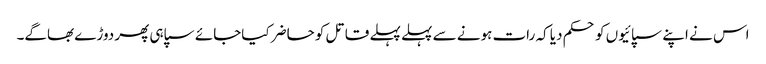
اس نے اپنے سپائیوں کو حکم دیا کہ رات ہونے سے پہلے پہلے قاتل کو حاضر کیاجائے سپاہی پھر دوڑے بھاگے۔